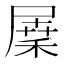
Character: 𡲷